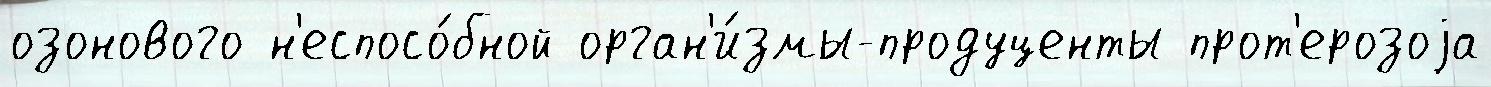
озонового н'еспосо́бной орган'и́змы-продуценты прот'ерозоjа